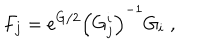
F _ { j } = e ^ { G / 2 } \left( G _ { j } ^ { i } \right) ^ { - 1 } G _ { i } \; ,